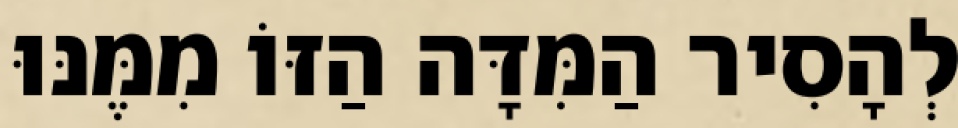
לְהָסִיר הַמִּדָּה הַזּוֹ מִמֶּנּוּ